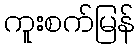
ကူးစက်မြန်